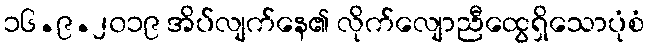
၁၆.၉.၂၀၁၉ အိပ်လျက်နေ၏ လိုက်လျောညီထွေရှိသောပုံစံ